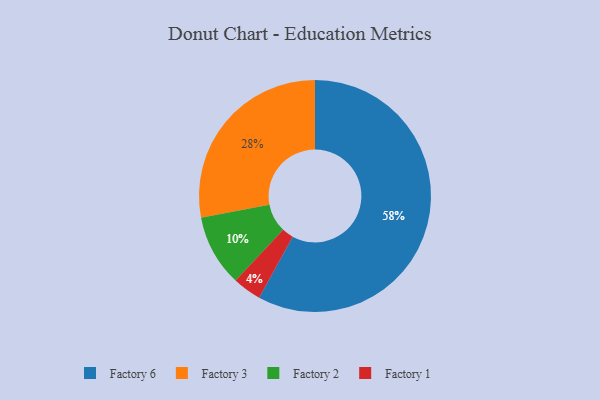
{"axis": {"x": "Category", "y": "Percentage"}, "legend": ["Factory 1", "Factory 2", "Factory 3", "Factory 6"], "data": [{"x": "Factory 3", "y": 28, "type": "Factory 3"}, {"x": "Factory 2", "y": 10, "type": "Factory 2"}, {"x": "Factory 6", "y": 58, "type": "Factory 6"}, {"x": "Factory 1", "y": 4, "type": "Factory 1"}]}